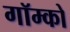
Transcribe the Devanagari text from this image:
गॉम्को